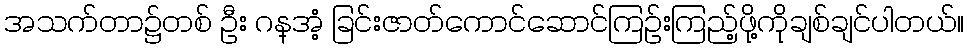
အသက်တာ၌တစ် ဦး ဂန္အံ့ ခြင်းဇာတ်ကောင်ဆောင်ကြဉ်းကြည့်ဖို့ကိုချစ်ချင်ပါတယ်။